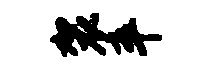
袈卒